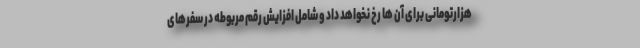
هزارتومانی برای آن ها رخ نخواهد داد و شامل افزایش رقم مربوطه در سفرهای